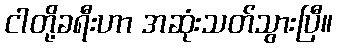
ငါတို့ခရီးဟာ အဆုံးသတ်သွားပြီ။